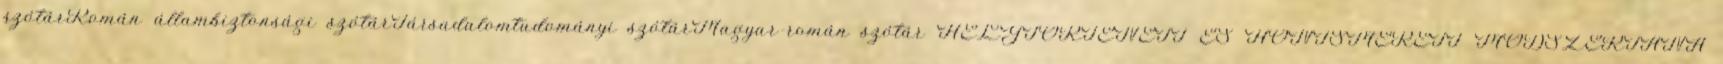
szótárRomán állambiztonsági szótárTársadalomtudományi szótárMagyar-román szótár HELYTÖRTÉNETI ÉS HONISMERETI MÓDSZERTANA